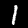
Label: 1